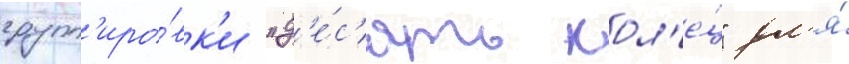
групп'иро́вк'и "д'е́с'ять кол'е́ц" дл'я́